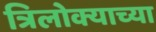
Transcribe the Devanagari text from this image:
त्रिलोक्याच्या